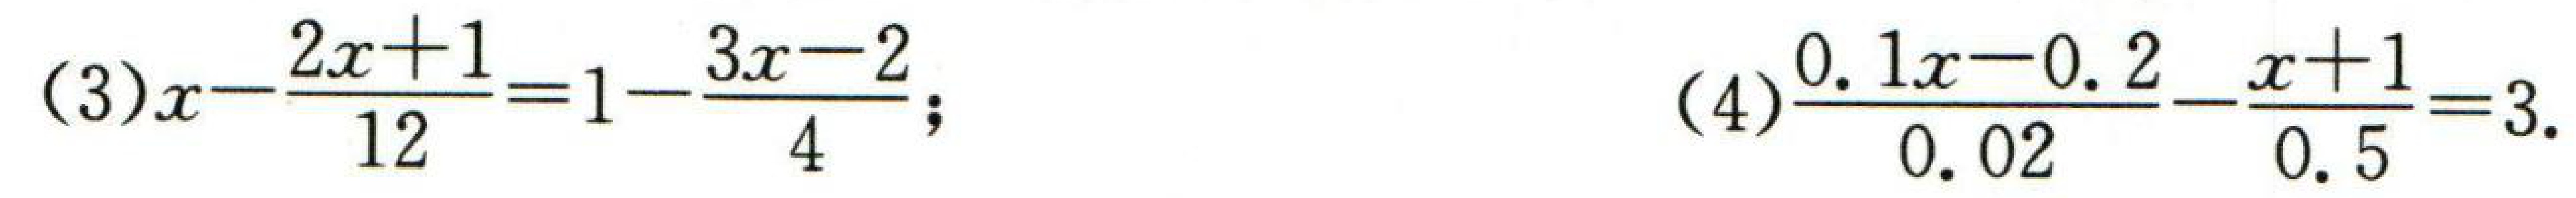
(3) \(x - \frac{2x + 1}{12} = 1-\frac{3x - 2}{4}\); (4) \(\frac{0.1x - 0.2}{0.02}-\frac{x + 1}{0.5}=3\)